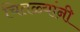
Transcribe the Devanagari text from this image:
चितळ्यांनी